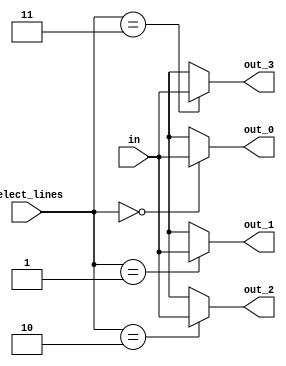
// Most basic behavioral modelling

module demultiplexer_1_to_4_behavioral_A(in, select_lines, out_0, out_1, out_2, out_3);
    input in; // 1-bit vector for input
    input[1:0] select_lines; // 2-bit vector for select lines
    output reg out_0, out_1, out_2, out_3; // 4 1-bit vectors for output lines
    
    //* Behavioral modelling
    always @(select_lines or in) begin 
        case(select_lines) 
            2'b00: begin 
                out_0 = in; 
                out_1 = 1'bx; 
                out_2 = 1'bx; 
                out_3 = 1'bx; 
            end
            2'b01: begin 
                out_0 = 1'bx; 
                out_1 = in; 
                out_2 = 1'bx; 
                out_3 = 1'bx; 
            end
            2'b10: begin 
                out_0 = 1'bx; 
                out_1 = 1'bx; 
                out_2 = in; 
                out_3 = 1'bx; 
            end
            2'b11: begin 
                out_0 = 1'bx; 
                out_1 = 1'bx;
                out_2 = 1'bx;
                out_3 = in;
            end
            default: begin
                out_0 = 1'bx;
                out_1 = 1'bx;
                out_2 = 1'bx;
                out_3 = 1'bx;
            end
        endcase

        $display("Input: %b\nSelect lines: %b\nOutput lines: %b\n", in, select_lines, {out_3, out_2, out_1, out_0});
    end 

    

endmodule

module demultiplexer_1_to_4_behavioral_A_test;
    reg in;
    reg[1:0] select_lines;
    wire out_0, out_1, out_2, out_3;
    demultiplexer_1_to_4_behavioral_A wire_driver(in, select_lines, out_0, out_1, out_2, out_3);
    
    initial begin
          
          in = 1; 
          select_lines = 2'b00;
      #20 select_lines = 2'b01;
      #20 select_lines = 2'b10;
      #20 select_lines = 2'b11;
      #20 $finish;
    end
      
endmodule